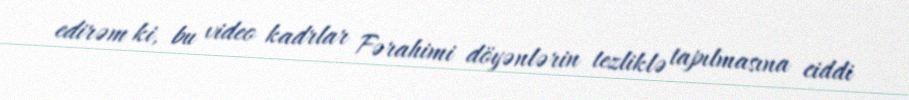
edirəm ki, bu video kadrlar Fərahimi döyənlərin tezliklə tapılmasına ciddi